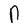
Character: n